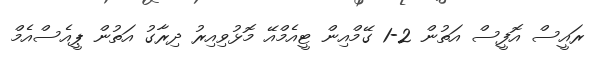
ރައީސް އޮފީސް އަތުން 2-1 ގޭމްއިން ޓީއެމްއޭ މޮޅުވިއިރު ދިރާގު އަތުން ޕީއެސްއެމް